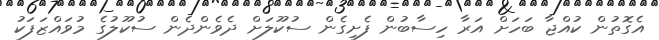
އެގޮތުން ކުއްޖާ ބަހަށް އަރާ ހިސާބުން ފެށިގެން ސުކޫލަށް ދެވެންދެން ސުކޫލުގެ މުވައްޒަފަކު